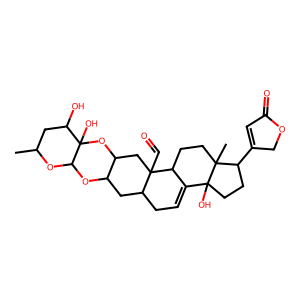
SMILES: CC1CC(O)C2(O)OC3CC4(C=O)C(CC=C5C4CCC4(C)C(C6=CC(=O)OC6)CCC54O)CC3OC2O1
Inhibits HIV replication: No